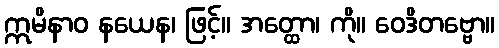
ဣမိနာဝ နယေန၊ ဖြင့်။ အတ္ထော၊ ကို။ ဝေဒိတဗ္ဗော။